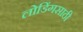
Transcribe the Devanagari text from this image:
लोडिंगसाठी